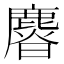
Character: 𣋴